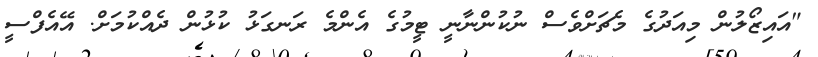
"އައިޒޯލުން މިއަދުގެ މެޗަށްވެސް ނުކުންނާނީ ޓީމުގެ އެންމެ ރަނގަޅު ކުޅުން ދެއްކުމަށް. އޭއެފްސީ